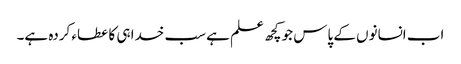
اب انسانوں کے پاس جو کچھ علم ہے سب خدا ہی کا عطاء کردہ ہے۔